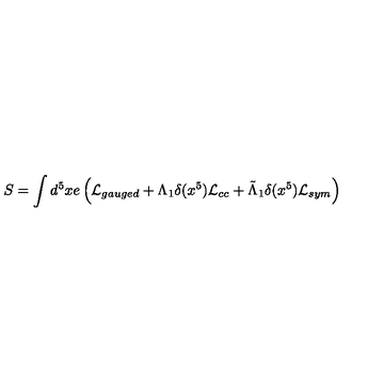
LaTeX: S = \int d ^ { 5 } x e \left( { \cal L } _ { g a u g e d } + \Lambda _ { 1 } \delta ( x ^ { 5 } ) { \cal L } _ { c c } + \tilde { \Lambda } _ { 1 } \delta ( x ^ { 5 } ) { \cal L } _ { s y m } \right)